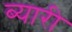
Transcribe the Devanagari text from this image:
ब्यारी